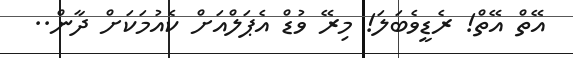
އޭތް އޭތް! ރެޑީވެބަލަ! މިރޭ ވުޑް އެޕަލްއަށް ކެއުމަކަށް ދާން..